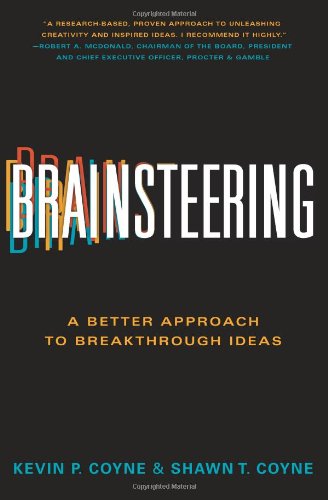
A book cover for Brainsteering: A Better Approach to Breakthrough Ideas; Kevin P. Coyne; Business & Money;